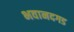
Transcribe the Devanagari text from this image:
भवानदगड